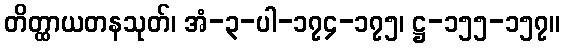
တိတ္ထာယတနသုတ်၊ အံ-၃-ပါ-၁၇၄-၁၇၅၊ ဋ္ဌ-၁၅၅-၁၅၇။